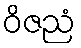
ဝိဇညံ